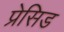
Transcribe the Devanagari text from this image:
प्रेसिड